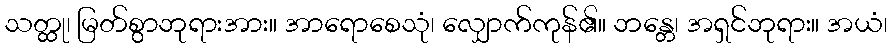
သတ္ထု၊ မြတ်စွာဘုရားအား။ အာရောစေသုံ၊ လျှောက်ကုန်၏။ ဘန္တေ၊ အရှင်ဘုရား။ အယံ၊